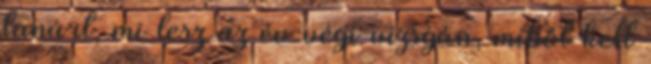
tanárt, mi lesz az év végi vizsgán, miből kell